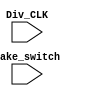
`timescale 1ns / 1ps
//////////////////////////////////////////////////////////////////////////////////
// Company: 
// Engineer: 
// 
// Design Name: 
// Module Name:    Recording 
// Project Name: 
// Target Devices: 
// Tool versions: 
// Description: 
//
// Dependencies: 
//
// Revision: 
// Revision 0.01 - File Created
// Additional Comments: 
//
//////////////////////////////////////////////////////////////////////////////////
module Recording(Div_CLK,fake_switch);

input fake_switch;
input Div_CLK;

reg Tenmili_CLK; //T = 0.01s
reg [7:0]Tenmili_Cnt;
reg [19:0]record_switch;
reg [7:0]record_duration[19:0]; //208
reg [4:0]index;

initial
begin
	Tenmili_CLK = 1'd1; //
	Tenmili_Cnt = 8'd0;
	record_switch[19:1] = 0;
	record_switch[0] = 0;
	for(index = 0; index < 20; index = index + 1) //
		record_duration[index] = 8'd0;
	index = 5'd0;
end

//---------------------------------
always@(posedge Div_CLK) //T=10ms
begin
	if(Tenmili_Cnt == 8'd50)
	begin
		Tenmili_Cnt = 8'd0;
		Tenmili_CLK = ~Tenmili_CLK;
	end
	else
		Tenmili_Cnt = Tenmili_Cnt + 1;
end

always@(posedge Div_CLK) //index 0.1ms
begin
	if(fake_switch != record_switch[index])
	begin
		if(index == 5'd19)
			index = 5'd0;
		else 
			index = index + 1;
		record_switch[index] = fake_switch;
	end
end

always@(posedge Tenmili_CLK) //
begin
	if(record_duration[index] < 127 )
		record_duration[index] = record_duration[index] + 1;
end

endmodule